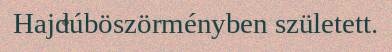
Hajdúböszörményben született.